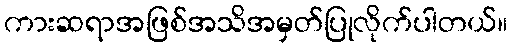
ကားဆရာအဖြစ်အသိအမှတ်ပြုလိုက်ပါတယ်။